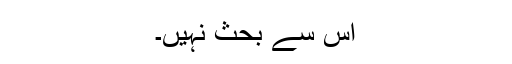
اس سے بحث نہیں۔